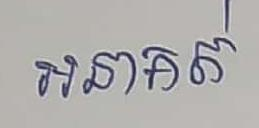
អនាគត់